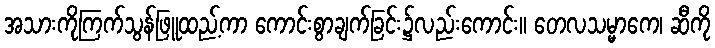
အသားကိုကြက်သွန်ဖြူထည့်ကာ ကောင်းစွာချက်ခြင်း၌လည်းကောင်း။ တေလသမ္မာကေ၊ ဆီကို